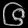
Digit: ၆